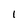
Character: 1